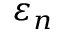
\varepsilon _ { n }